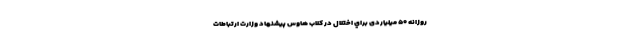
روزانه ۵۰ میلیاردی براي اختلال در کلاب هاوس پیشنهاد وزارت ارتباطات